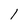
Character: l